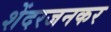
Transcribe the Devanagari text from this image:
शेंदरजनकर